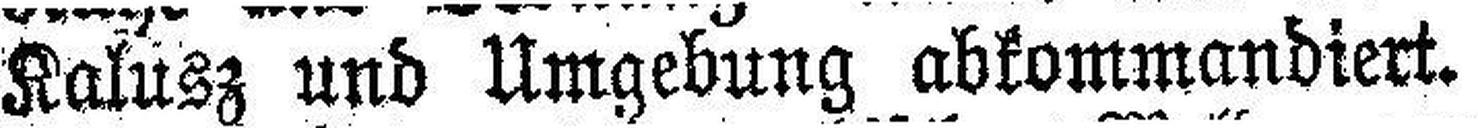
Kalusz und Umgebung abkommandiert.